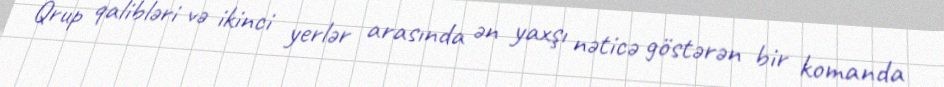
Qrup qalibləri və ikinci yerlər arasında ən yaxşı nəticə göstərən bir komanda